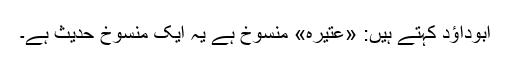
ابوداؤد کہتے ہیں: «عتیرہ» منسوخ ہے یہ ایک منسوخ حدیث ہے۔